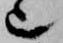
也